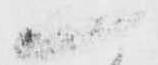
一